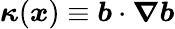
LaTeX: \boldsymbol{\kappa}(\boldsymbol{x})\equiv\boldsymbol{b}\cdot\boldsymbol{\nabla}\boldsymbol{b}